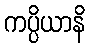
ကပ္ပိယာနိ